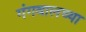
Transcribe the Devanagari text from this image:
गंगवालच्या